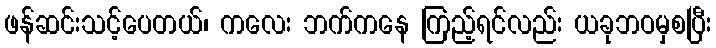
ဖန်ဆင်းသင့်ပေတယ်၊ ကလေး ဘက်ကနေ ကြည့်ရင်လည်း ယခုဘဝမှစပြီး